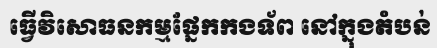
ធ្វើវិសោធនកម្មផ្នែកកងទ័ព នៅក្នុងតំបន់